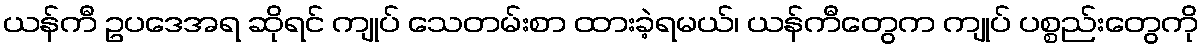
ယန်ကီ ဥပဒေအရ ဆိုရင် ကျုပ် သေတမ်းစာ ထားခဲ့ရမယ်၊ ယန်ကီတွေက ကျုပ် ပစ္စည်းတွေကို